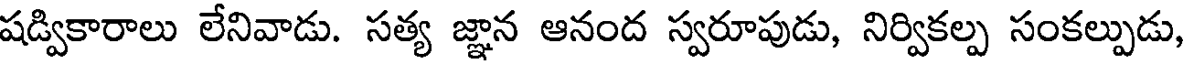
షడ్వికారాలు లేనివాడు. సత్య జ్ఞాన ఆనంద స్వరూపుడు, నిర్వికల్ప సంకల్పుడు,